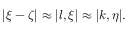
\begin{array} { r } { | \xi - \zeta | \approx | l , \xi | \approx | k , \eta | . } \end{array}